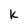
Character: k